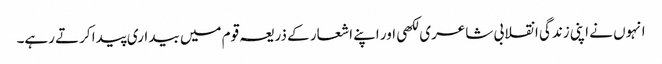
انہوں نے اپنی زندگی انقلابی شاعری لکھی اور اپنے اشعار کے ذریعہ قوم میں بیداری پیدا کرتے رہے۔